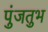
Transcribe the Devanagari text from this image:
पुंजतुभ